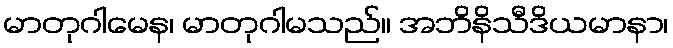
မာတုဂါမေန၊ မာတုဂါမသည်။ အဘိနိသီဒိယမာနာ၊